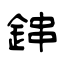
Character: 鋛